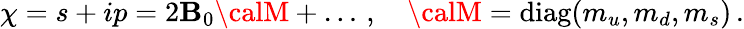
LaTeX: \chi=s+ip=2\mathbf{B}_{0}{\calM}+\ldots\, ,\quad{\calM}=\mathrm{{diag}}(m_{u},m_{d},m_{s})\, .